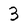
Character: 3